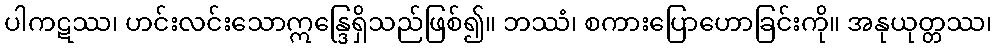
ပါကဋဿ၊ ဟင်းလင်းသောဣန္ဒြေရှိသည်ဖြစ်၍။ ဘဿံ၊ စကားပြောဟောခြင်းကို။ အနုယုတ္တဿ၊